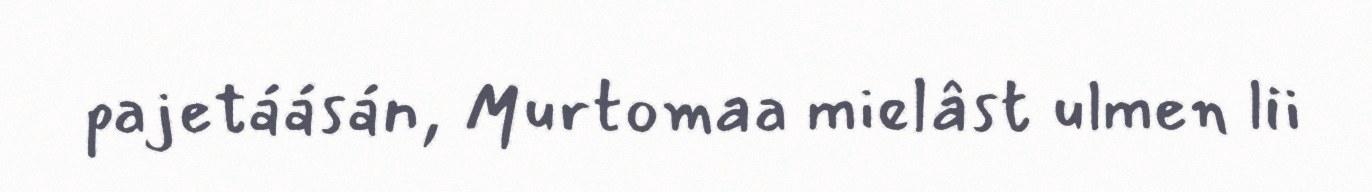
pajetáásán, Murtomaa mielâst ulmen lii